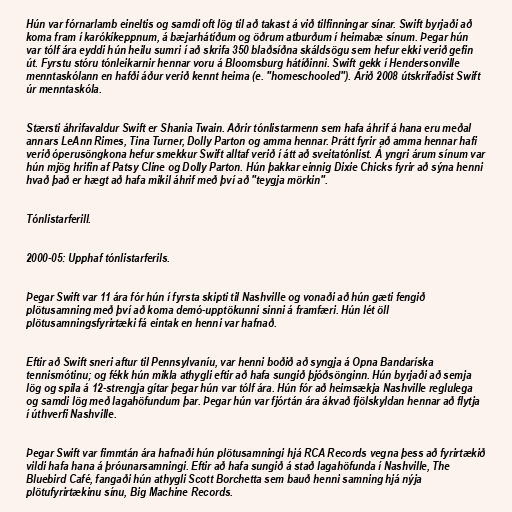
Hún var fórnarlamb eineltis og samdi oft lög til að takast á við tilfinningar sínar. Swift byrjaði að
koma fram í karókíkeppnum, á bæjarhátíðum og öðrum atburðum í heimabæ sínum. Þegar hún
var tólf ára eyddi hún heilu sumri í að skrifa 350 blaðsíðna skáldsögu sem hefur ekki verið gefin
út. Fyrstu stóru tónleikarnir hennar voru á Bloomsburg hátíðinni. Swift gekk í Hendersonville
menntaskólann en hafði áður verið kennt heima (e. "homeschooled"). Árið 2008 útskrifaðist Swift
úr menntaskóla.

Stærsti áhrifavaldur Swift er Shania Twain. Aðrir tónlistarmenn sem hafa áhrif á hana eru meðal
annars LeAnn Rimes, Tina Turner, Dolly Parton og amma hennar. Þrátt fyrir að amma hennar hafi
verið óperusöngkona hefur smekkur Swift alltaf verið í átt að sveitatónlist. Á yngri árum sínum var
hún mjög hrifin af Patsy Cline og Dolly Parton. Hún þakkar einnig Dixie Chicks fyrir að sýna henni
hvað það er hægt að hafa mikil áhrif með því að "teygja mörkin".

Tónlistarferill.

2000-05: Upphaf tónlistarferils.

Þegar Swift var 11 ára fór hún í fyrsta skipti til Nashville og vonaði að hún gæti fengið
plötusamning með því að koma demó-upptökunni sinni á framfæri. Hún lét öll
plötusamningsfyrirtæki fá eintak en henni var hafnað.

Eftir að Swift sneri aftur til Pennsylvaníu, var henni boðið að syngja á Opna Bandaríska
tennismótinu; og fékk hún mikla athygli eftir að hafa sungið þjóðsönginn. Hún byrjaði að semja
lög og spila á 12-strengja gítar þegar hún var tólf ára. Hún fór að heimsækja Nashville reglulega
og samdi lög með lagahöfundum þar. Þegar hún var fjórtán ára ákvað fjölskyldan hennar að flytja
í úthverfi Nashville.

Þegar Swift var fimmtán ára hafnaði hún plötusamningi hjá RCA Records vegna þess að fyrirtækið
vildi hafa hana á þróunarsamningi. Eftir að hafa sungið á stað lagahöfunda í Nashville, The
Bluebird Café, fangaði hún athygli Scott Borchetta sem bauð henni samning hjá nýja
plötufyrirtækinu sínu, Big Machine Records.